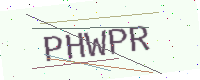
Text: PHWPR